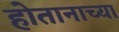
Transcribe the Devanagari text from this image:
होतानाच्या